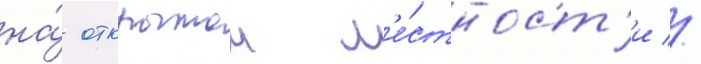
на́ открытои м'е́стност'и //